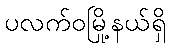
ပလက်ဝမြို့နယ်ရှိ